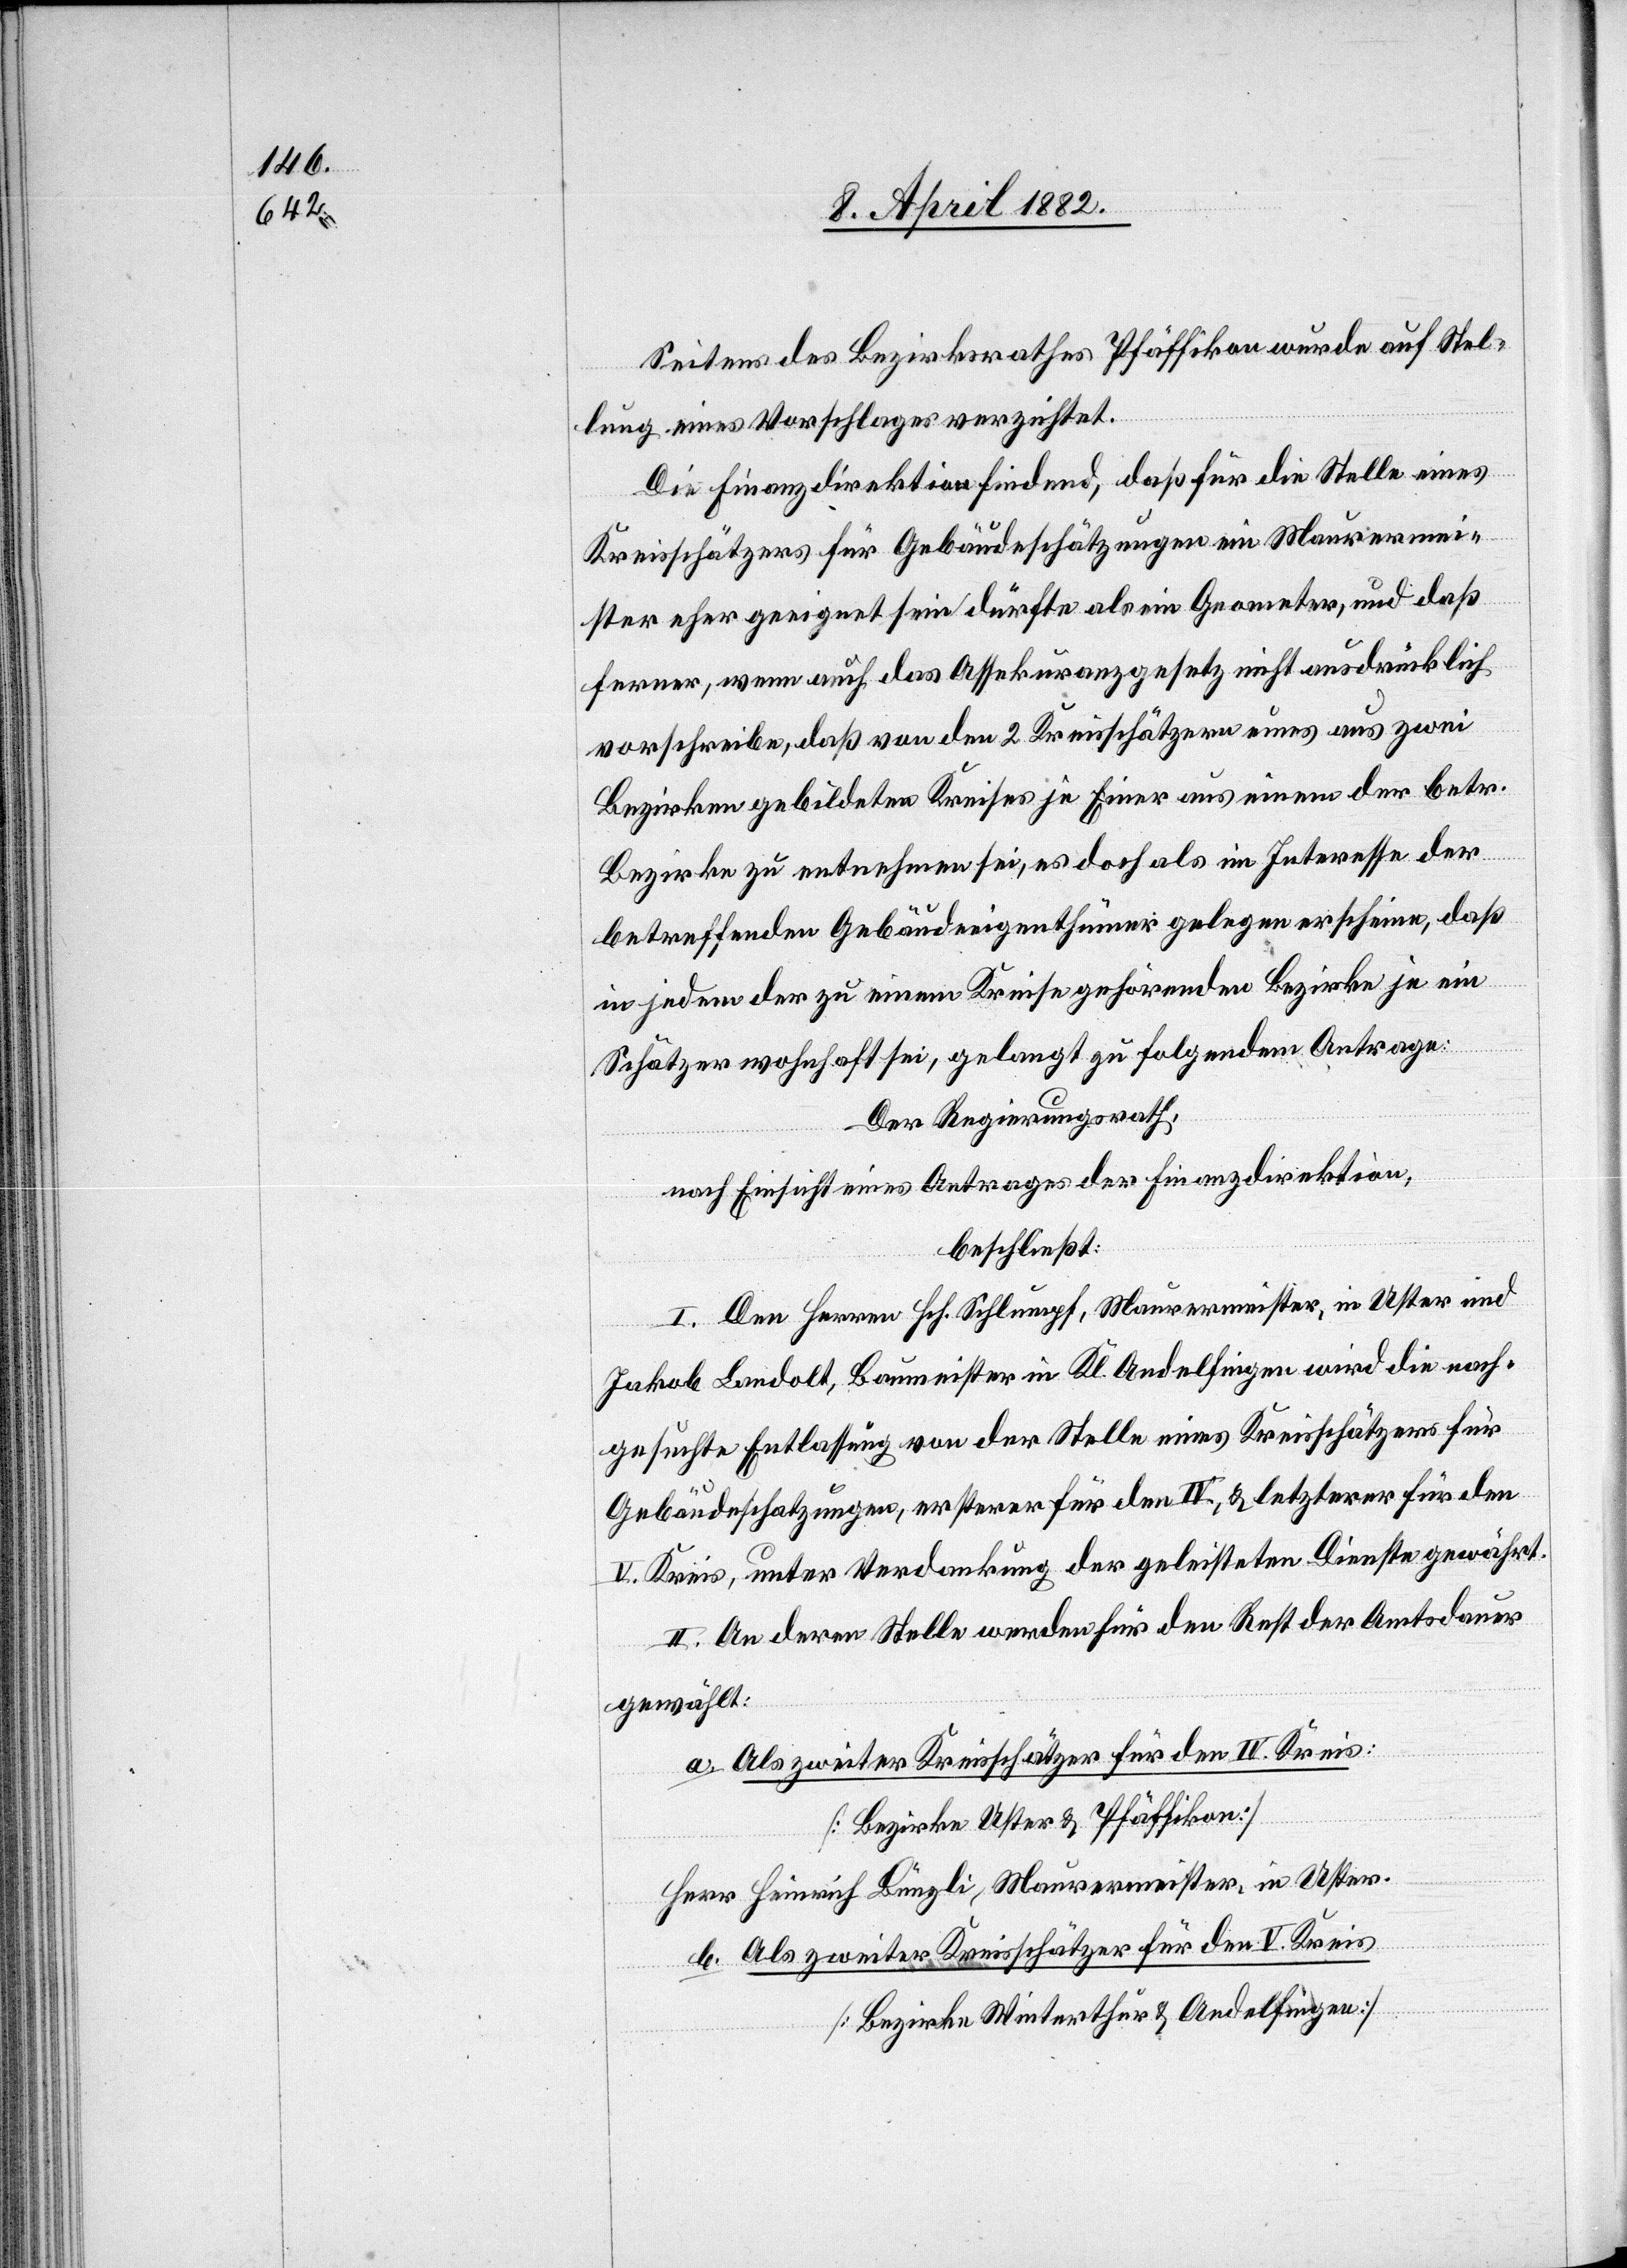
Seitens des Bezirksrathes Pfäffikon wurde auf Stel¬
lung eines Vorschlages verzichtet.
Die Finanzdirektion findend, daß für die Stelle eines
Kreisschätzers für Gebäudeschätzungen ein Maurermei¬
ster eher geeignet sein dürfte als ein Geometer, und daß
ferner, wenn auch das Assekuranzgesetz nicht ausdrücklich
vorschreibe, daß von den 2 Kreisschätzern eines aus zwei
Bezirken gebildeten Kreises je Einer aus einem der betr.
Bezirke zu entnehmen sei, es doch als im Interesse der
betreffenden Gebäudeeigenthümer gelegen erscheine, daß
in jedem der zu einem Kreise gehörenden Bezirke je ein
Schätzer wohnhaft sei, gelangt zu folgendem Antrage:
Der Regierungsrath,
nach Einsicht eines Antrages der Finanzdirektion,
beschließt:
I. Den Herren Hch. Schlumpf, Maurermeister, in Uster und
Jakob Landolt, Baumeister in Kl. Andelfingen wird die nach¬
gesuchte Entlassung von der Stelle eines Kreisschätzers für
Gebäudeschatzungen, ersterer für den IV., & letzterer für den
V. Kreis, unter Verdankung der geleisteten Dienste gewährt.
II. An deren Stelle werden für den Rest der Amtsdauer
gewählt:
Als zweiter Kreisschätzer für den V. Kreis
[Bezirke Uster & Pfäffikon]
Herr Heinrich Bünzli, Maurermeister, in Uster.
[Bezirke Winterthur & Andelfingen]